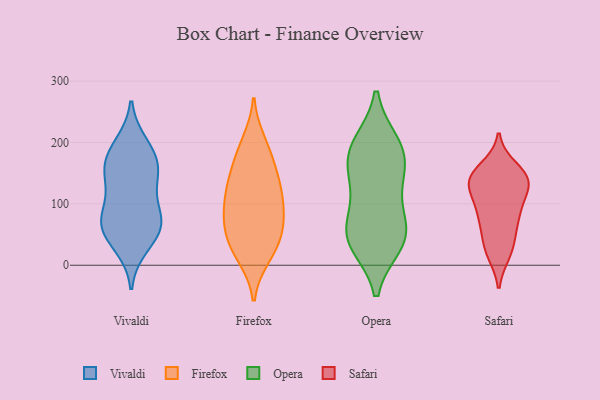
{"axis": {"x": "Tickets Resolved", "y": "Value"}, "legend": ["Firefox", "Opera", "Safari", "Vivaldi"], "data": [{"x": "", "y": 58, "type": "Vivaldi"}, {"x": "", "y": 60, "type": "Vivaldi"}, {"x": "", "y": 195, "type": "Vivaldi"}, {"x": "", "y": 70, "type": "Vivaldi"}, {"x": "", "y": 131, "type": "Vivaldi"}, {"x": "", "y": 167, "type": "Vivaldi"}, {"x": "", "y": 140, "type": "Vivaldi"}, {"x": "", "y": 77, "type": "Vivaldi"}, {"x": "", "y": 33, "type": "Vivaldi"}, {"x": "", "y": 79, "type": "Vivaldi"}, {"x": "", "y": 181, "type": "Vivaldi"}, {"x": "", "y": 160, "type": "Vivaldi"}, {"x": "", "y": 200, "type": "Firefox"}, {"x": "", "y": 15, "type": "Firefox"}, {"x": "", "y": 79, "type": "Firefox"}, {"x": "", "y": 142, "type": "Firefox"}, {"x": "", "y": 25, "type": "Firefox"}, {"x": "", "y": 123, "type": "Firefox"}, {"x": "", "y": 68, "type": "Firefox"}, {"x": "", "y": 28, "type": "Firefox"}, {"x": "", "y": 130, "type": "Firefox"}, {"x": "", "y": 167, "type": "Firefox"}, {"x": "", "y": 52, "type": "Firefox"}, {"x": "", "y": 66, "type": "Firefox"}, {"x": "", "y": 96, "type": "Firefox"}, {"x": "", "y": 112, "type": "Firefox"}, {"x": "", "y": 186, "type": "Firefox"}, {"x": "", "y": 171, "type": "Opera"}, {"x": "", "y": 62, "type": "Opera"}, {"x": "", "y": 193, "type": "Opera"}, {"x": "", "y": 40, "type": "Opera"}, {"x": "", "y": 45, "type": "Opera"}, {"x": "", "y": 61, "type": "Opera"}, {"x": "", "y": 36, "type": "Opera"}, {"x": "", "y": 179, "type": "Opera"}, {"x": "", "y": 123, "type": "Opera"}, {"x": "", "y": 197, "type": "Opera"}, {"x": "", "y": 136, "type": "Opera"}, {"x": "", "y": 20, "type": "Safari"}, {"x": "", "y": 93, "type": "Safari"}, {"x": "", "y": 77, "type": "Safari"}, {"x": "", "y": 31, "type": "Safari"}, {"x": "", "y": 58, "type": "Safari"}, {"x": "", "y": 139, "type": "Safari"}, {"x": "", "y": 95, "type": "Safari"}, {"x": "", "y": 138, "type": "Safari"}, {"x": "", "y": 80, "type": "Safari"}, {"x": "", "y": 125, "type": "Safari"}, {"x": "", "y": 25, "type": "Safari"}, {"x": "", "y": 144, "type": "Safari"}, {"x": "", "y": 136, "type": "Safari"}, {"x": "", "y": 142, "type": "Safari"}, {"x": "", "y": 136, "type": "Safari"}, {"x": "", "y": 158, "type": "Safari"}]}